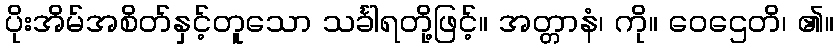
ပိုးအိမ်အစိတ်နှင့်တူသော သင်္ခါရတို့ဖြင့်။ အတ္တာနံ၊ ကို။ ဝေဌေတိ၊ ၏။